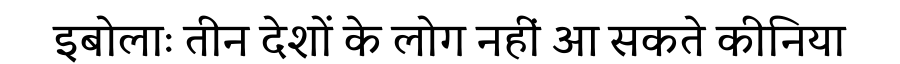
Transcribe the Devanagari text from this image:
इबोलाः तीन देशों के लोग नहीं आ सकते कीनिया